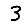
Digit: 3